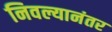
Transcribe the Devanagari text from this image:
निवल्यानंतर